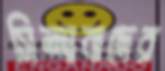
সিন্দাবাদের